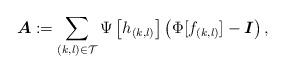
LaTeX: \begin{align*}{\boldsymbol A}:=\sum_{(k,l)\in\mathcal{T}}\Psi\left[h_{(k,l)}\right]\left(\Phi[f_{(k,l)}]-{\boldsymbol I}\right),\end{align*}